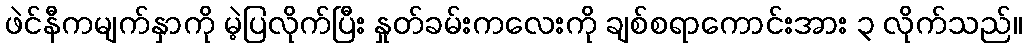
ဖဲင်နီကမျက်နှာကို မဲ့ပြလိုက်ပြီး နှုတ်ခမ်းကလေးကို ချစ်စရာကောင်းအား ၃ လိုက်သည်။